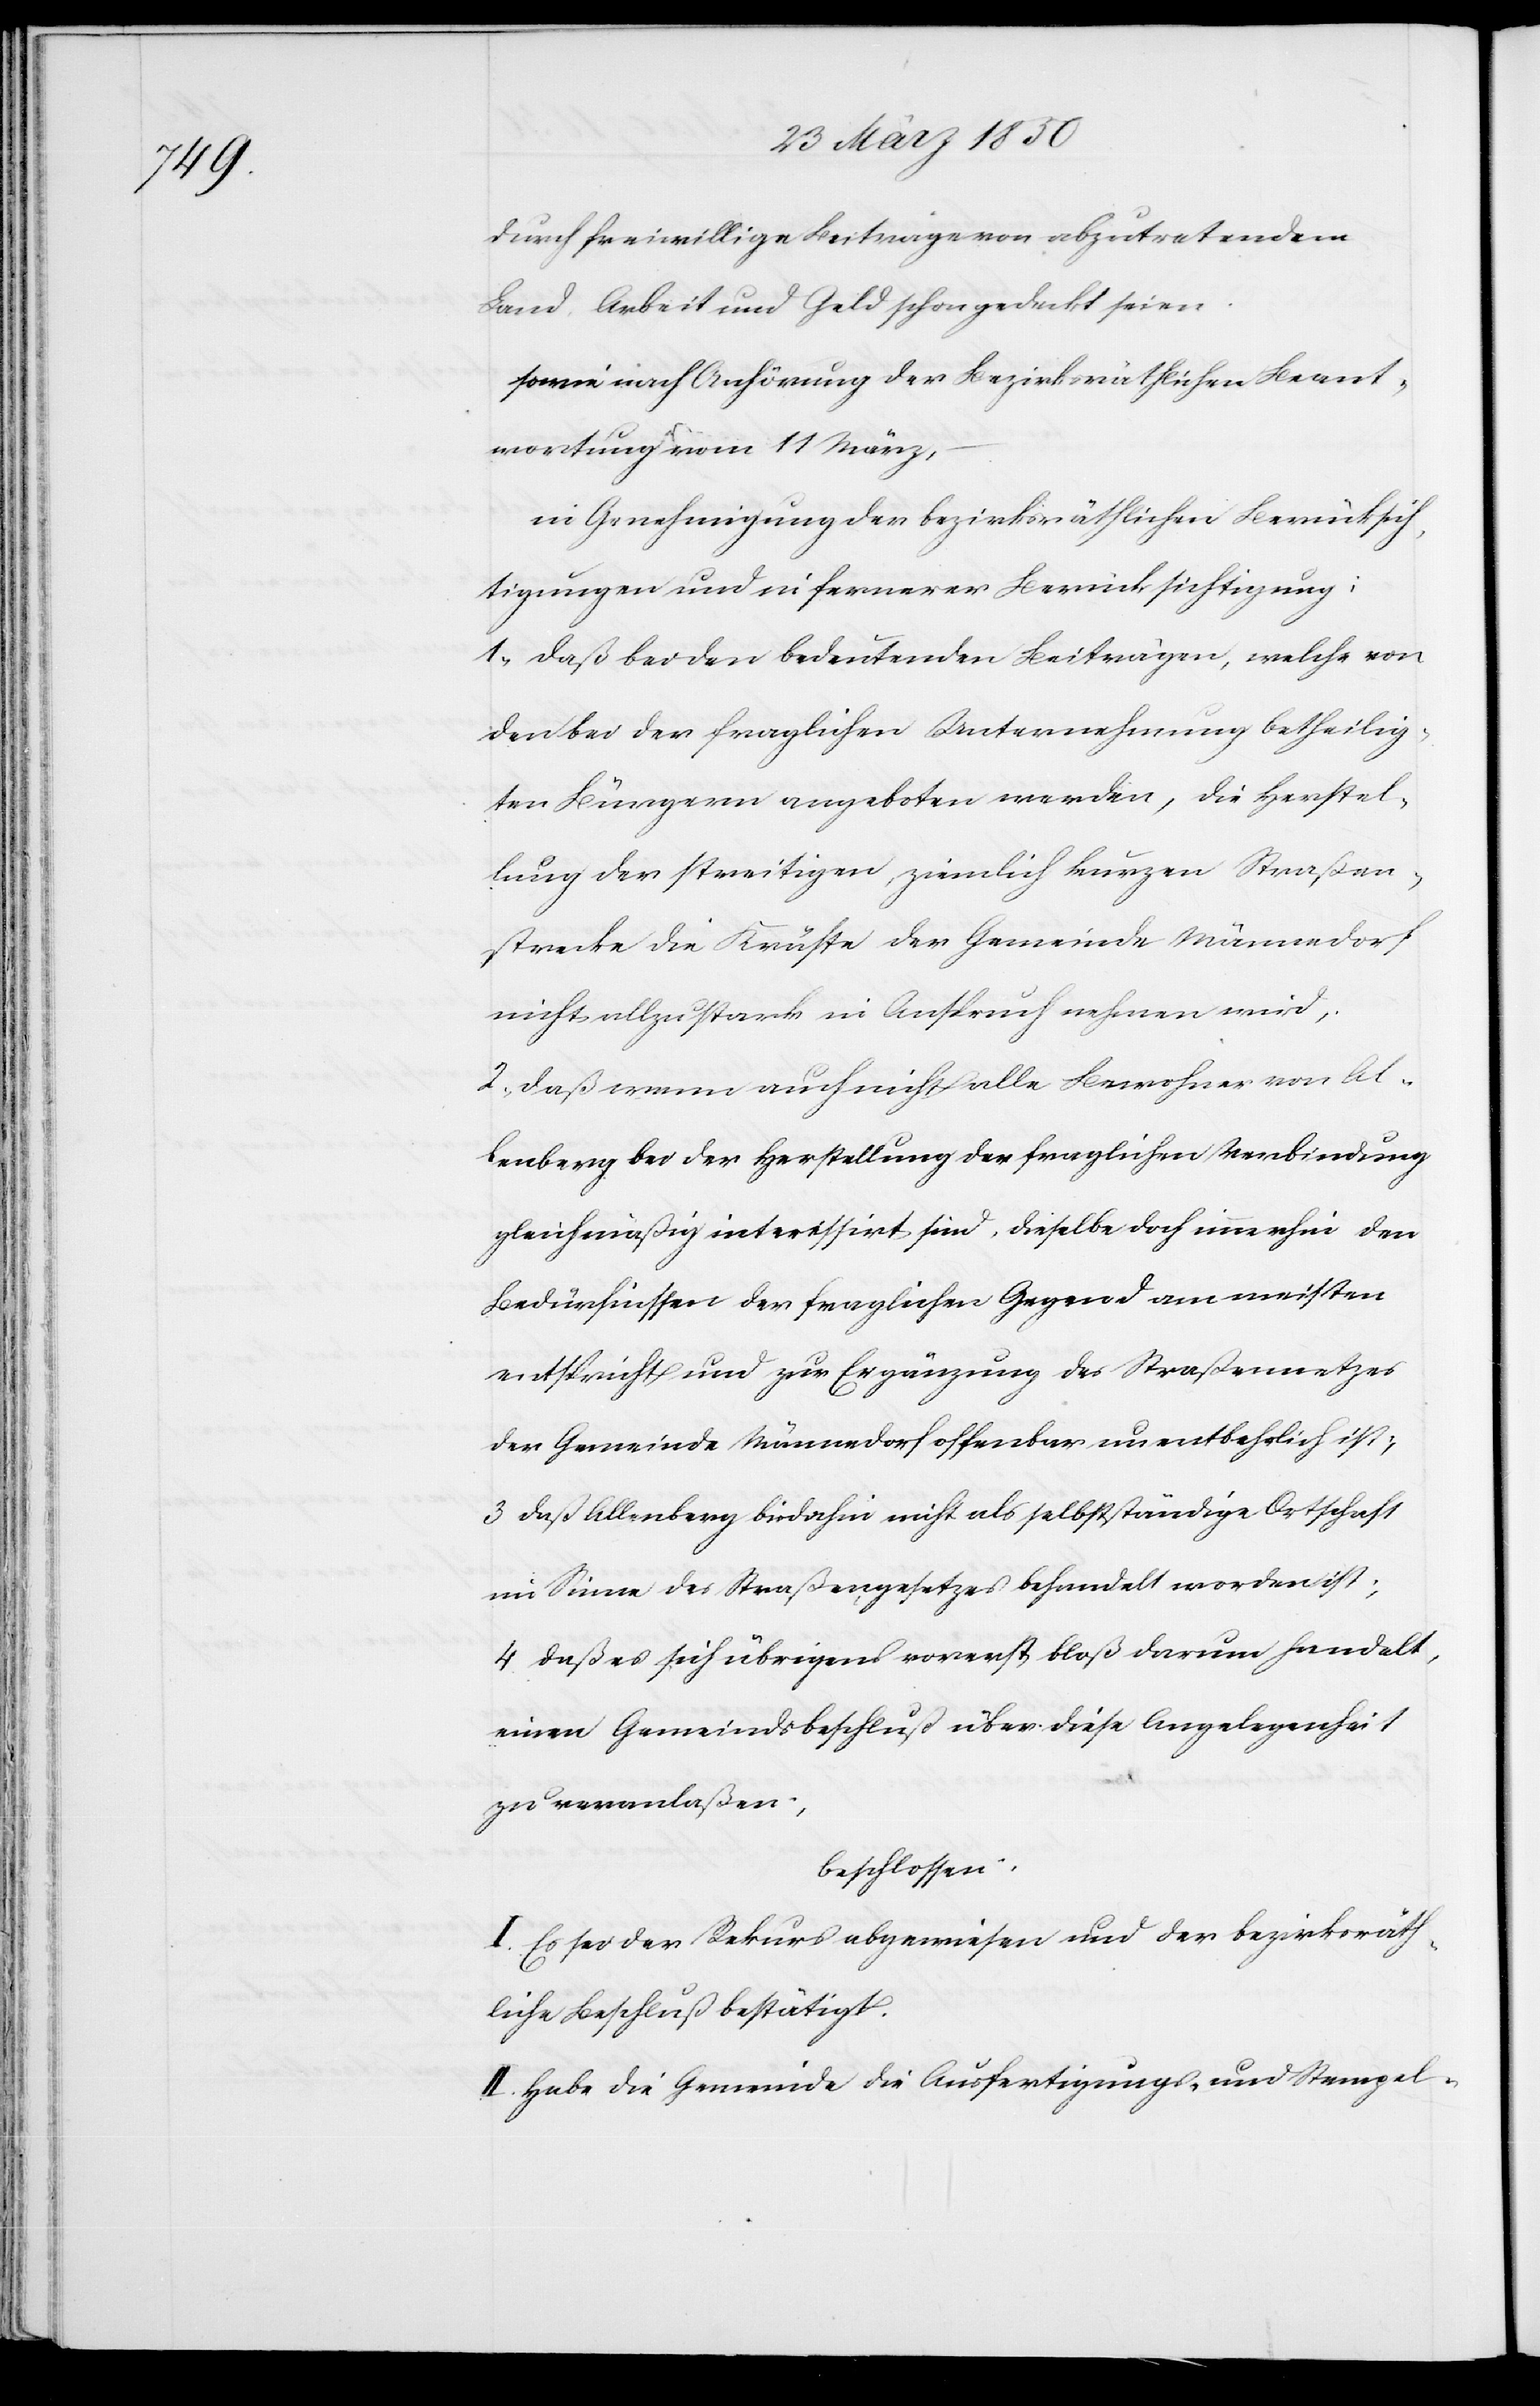
durch freiwillige Beiträge von abzutretendem
Land, Arbeit und Geld schon gedeckt seien.
sowie nach Anhörung der Bezirksräthlichen Beant¬
wortung vom 11 März,
in Genehmigung der bezirksräthlichen Berücksich¬
tigungen und in fernerer Berücksichtigung:
1. daß bei den bedeutenden Beiträgen, welche von
den bei der fraglichen Unternehmung betheilig¬
ten Bürgern angeboten werden, die Herstel¬
lung der streitigen, ziemlich kurzen Straßen¬
strecke die Kräfte der Gemeinde Männedorf
nicht allzu stark in Anspruch nehmen wird,
2. daß wenn auch nicht alle Bewohner von Al¬
lenberg bei der Herstellung der fraglichen Verbindung
gleichmäßig interessirt sind, dieselbe doch immerhin den
Bedürfnissen der fraglichen Gegend am meisten
entspricht und zur Ergänzung des Straßennetzes
der Gemeinde Männedorf offenbar unentbehrlich ist;
3 daß Allenberg bisdahin nicht als selbstständige Ortschaft
im Sinne des Straßengesetzes behandelt worden ist;
4 daß es sich übrigens vorerst bloß darum handelt,
einen Gemeindsbeschluß über diese Angelegenheit
zu veranlaßen,
beschlossen:
I. Es sei der Rekurs abgewiesen und der bezirksräth¬
liche Beschluß bestätigt.
II. Habe die Gemeinde die Ausfertigungs- und Stempel-